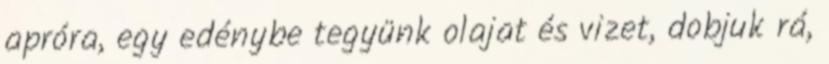
apróra, egy edénybe tegyünk olajat és vizet, dobjuk rá,